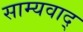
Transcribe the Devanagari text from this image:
साम्यवाद्